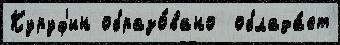
Куруф'ин образо́вано  облада́ет